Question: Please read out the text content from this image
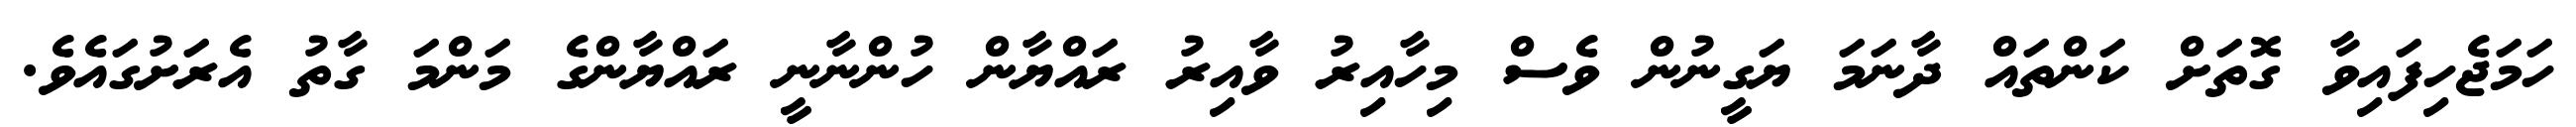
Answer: ހަމަޖެހިފައިވާ ގޮތަށް ކަންތައް ދާނަމަ ޔަގީނުން ވެސް މިހާއިރު ވާއިރު ރައްޔާން ހުންނާނީ ރައްޔާންގެ މަންމަ ގާތު އެރަށުގައެވެ.